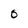
Character: O